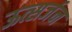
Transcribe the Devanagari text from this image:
ऊत्सर्जन